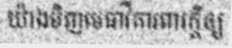
យ៉ាងមិញមេធាវីការពារក្តីឲ្យ